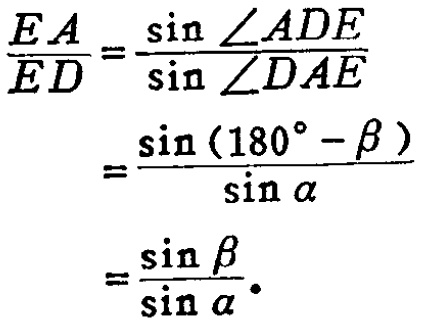
\[
\begin{align*}
\frac{EA}{ED}&=\frac{\sin\angle ADE}{\sin\angle DAE}\\
&=\frac{\sin(180^{\circ}-\beta)}{\sin\alpha}\\
&=\frac{\sin\beta}{\sin\alpha}.
\end{align*}
\]